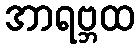
အာရဗ္ဘထ